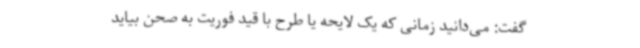
گفت: می‌دانید زمانی که یک لایحه یا طرح با قید فوریت به صحن بیاید